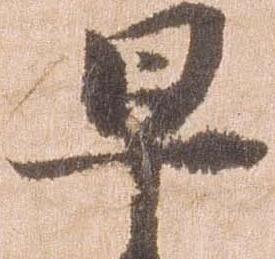
早